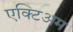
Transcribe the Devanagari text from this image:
एक्टिअम